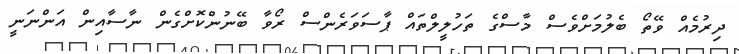
ދިރުމެއް ވޭތޯ ބެލުމަށްވެސް މާސްގެ ތަހުލީލްތައް ޕާސަވަރެންސް ރޯވާ ބޭނުންކޮށްގެން ނާސާއިން އަންނަނީ